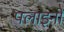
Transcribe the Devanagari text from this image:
पलाइनो